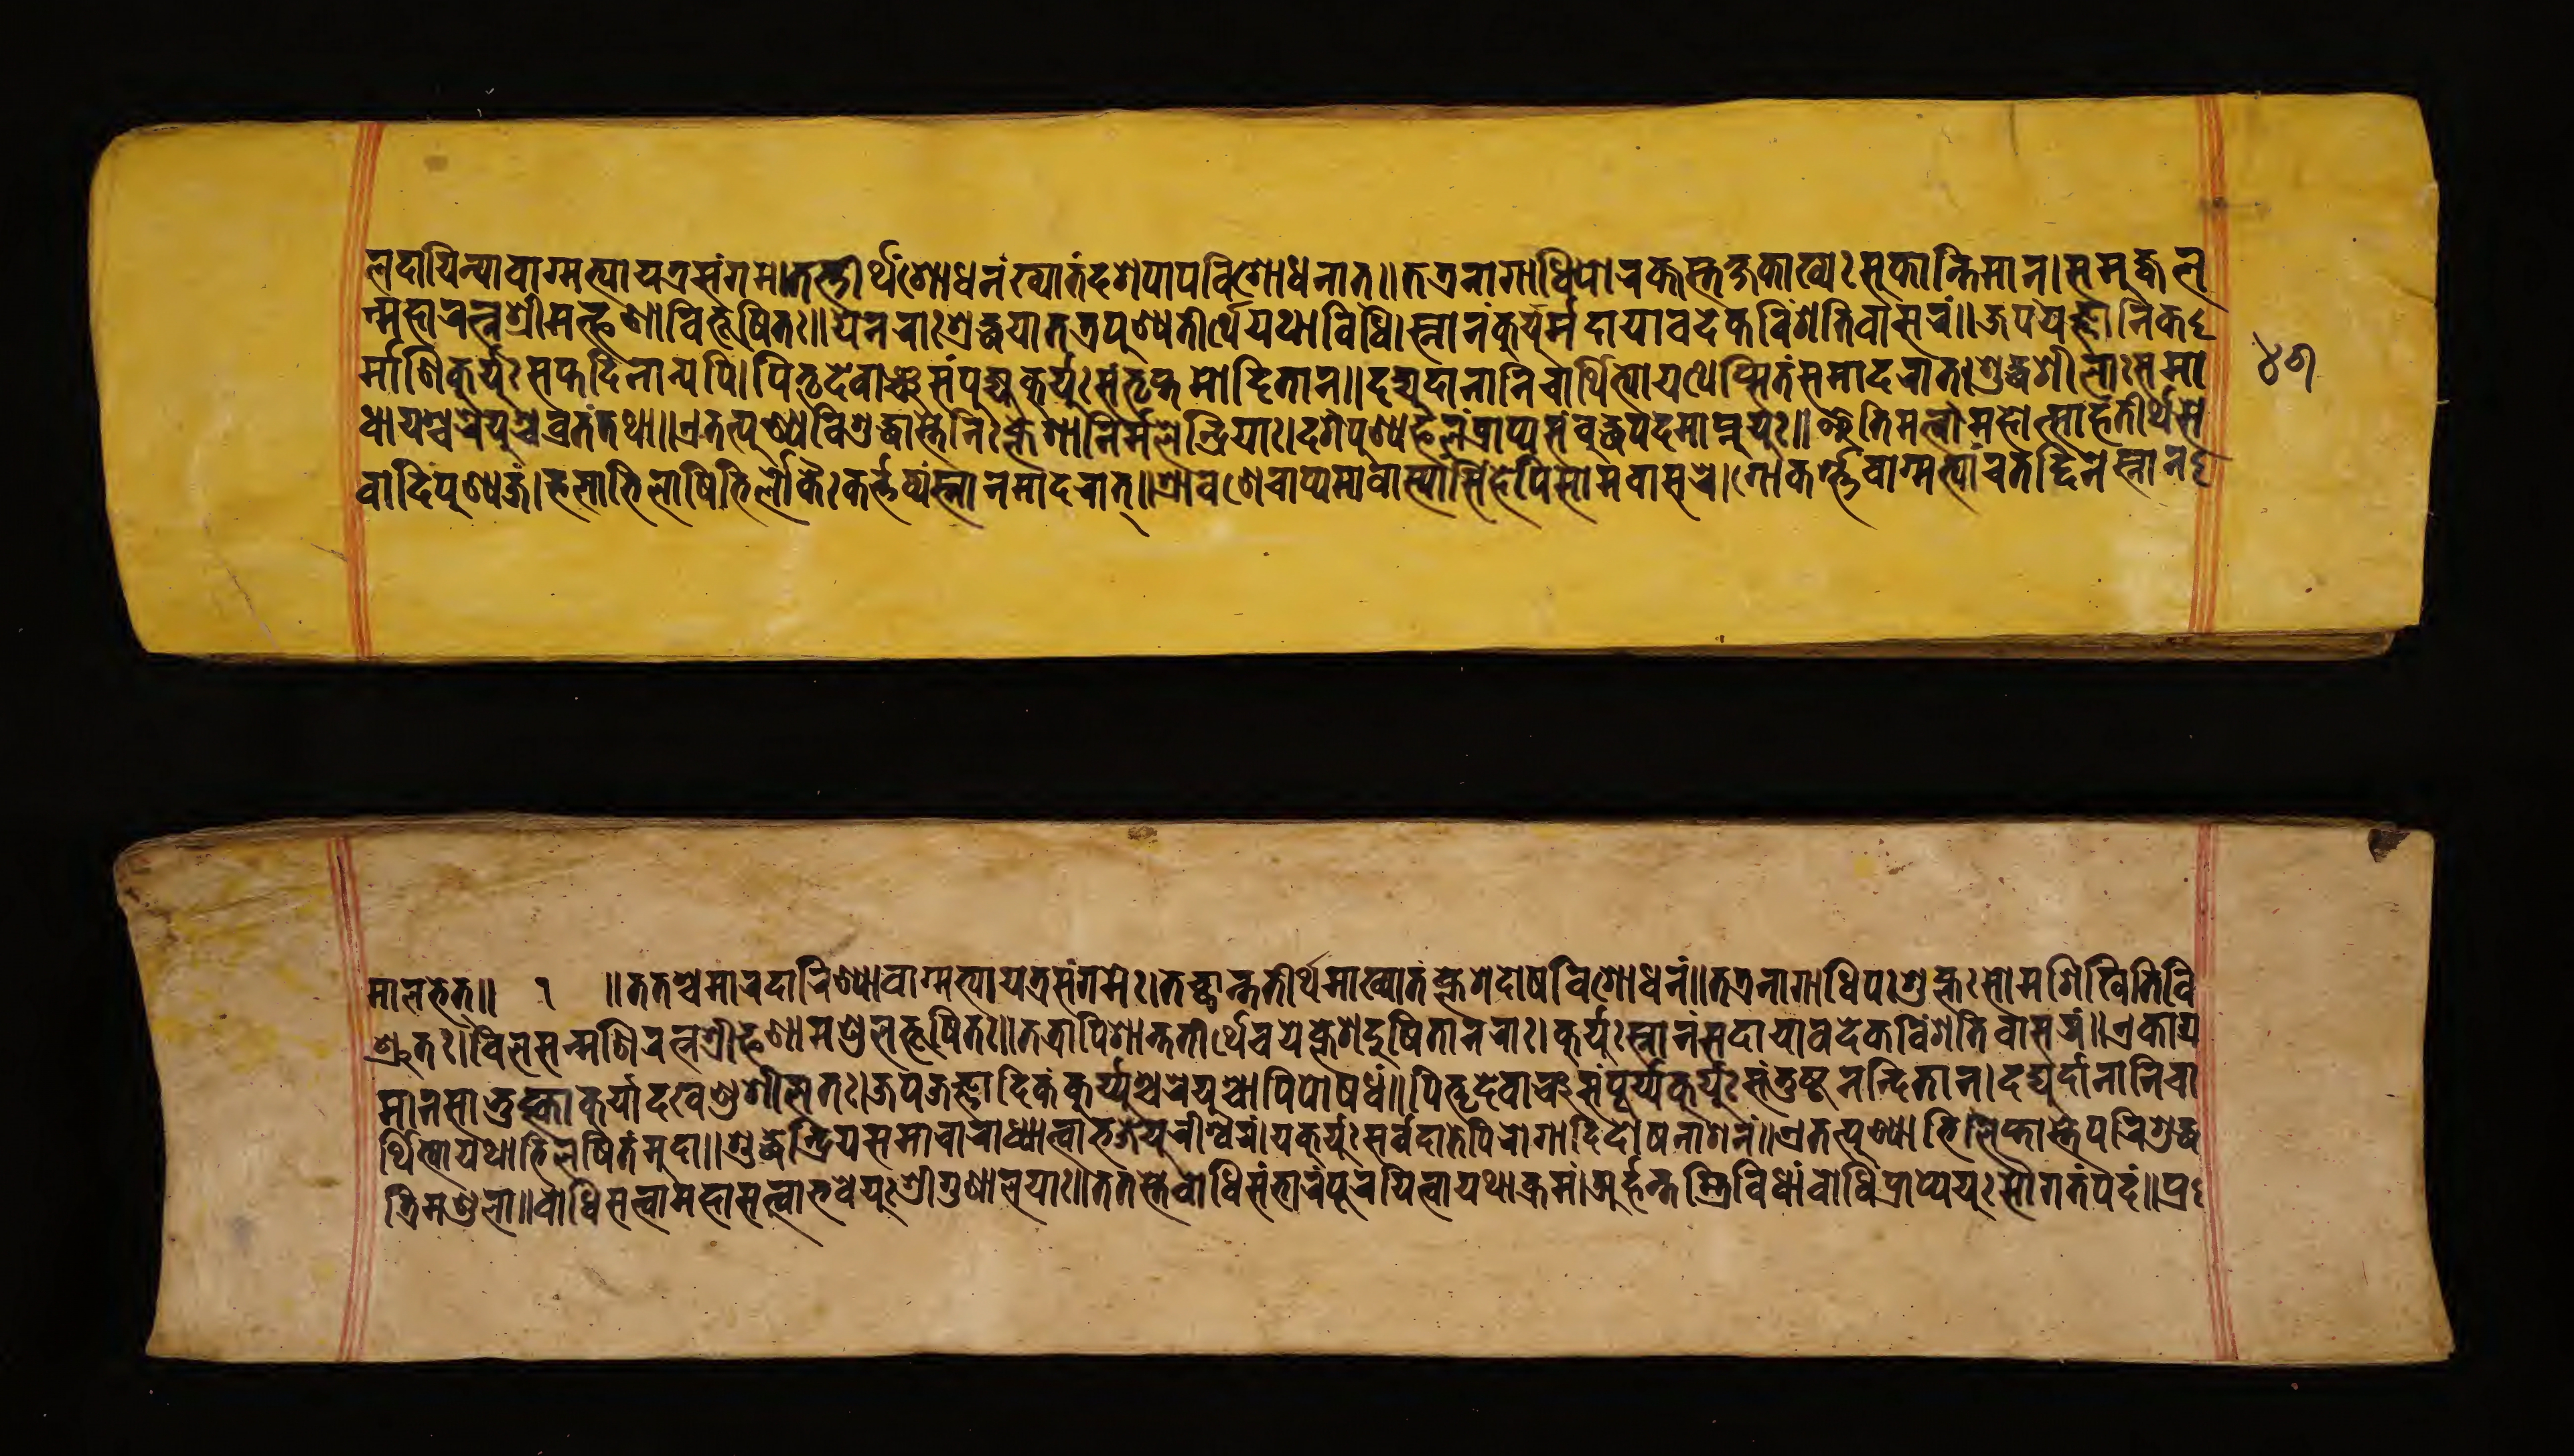
𑐮𑐡𑐵𑐫𑐶𑐣𑑂𑐫𑐵𑑄𑐰𑐵𑐐𑑂𑐩𑐟𑑂𑐫𑐵𑑄𑐫𑐟𑑂𑐬𑐳𑑄𑐐𑐩𑐾।𑐟𑐟𑑂𑐟𑐷𑐬𑑂𑐠𑐱𑑀𑐢𑐣𑑄𑐏𑑂𑐫𑐵𑐟𑑄𑐡𑐱𑐥𑐵𑐥𑐰𑐶𑐱𑑀𑐢𑐣𑐵𑐟𑑂॥𑐟𑐟𑑂𑐬𑐣𑐵𑐐𑐵𑐢𑐶𑐥𑐵𑐬𑐎𑑂𑐟𑐳𑑂𑐟𑐎𑑂𑐲𑐎𑐵𑐏𑑂𑐫𑑅𑐳𑐸𑐎𑐵𑐣𑑂𑐟𑐶𑐩𑐵𑐣𑑂।𑐳𑐩𑐸𑐖𑑂𑐰𑐮 𑐣𑑂𑐩𑐴𑐵𑐬𑐟𑑂𑐣𑑄𑐱𑑂𑐬𑐷𑐩𑐟𑑂𑐦𑐞𑐵𑐰𑐶𑐨𑐹𑐲𑐶𑐟𑑅॥𑐫𑐾𑐣𑐬𑐵𑐱𑑂𑐬𑐡𑑂𑐢𑐫𑐵𑐟𑐟𑑂𑐬𑐥𑐸𑐞𑑂𑐫𑐟𑐷𑐬𑑂𑐠𑐾𑐫𑐠𑐵𑐰𑐶𑐢𑐶𑑅॥𑐳𑑂𑐣𑐵𑐣𑑄𑐎𑐸𑐬𑑂𑐫𑐸𑐩𑐸𑐡𑐵𑐫𑐵𑐰𑐡𑐾𑐎𑐰𑐶𑑄𑐱𑐟𑐶𑐰𑐵𑐳𑐬𑑄॥𑐖𑐥𑐫𑐖𑑂𑐘𑐵𑐡𑐶𑐎 𑐬𑑂𑐩𑑂𑐩𑐵𑐞𑐶𑐎𑐸𑐬𑑂𑐫𑐸𑑅𑐳𑐥𑑂𑐟𑐡𑐶𑐣𑐵𑐣𑑂𑐫𑐥𑐶।𑐥𑐶𑐟𑐺𑐣𑑂𑐡𑐾𑐰𑐵𑐘𑑂𑐔𑐳𑑄𑐥𑐹𑐖𑑂𑐫𑐎𑐸𑐬𑑂𑐫𑐸𑑅𑐳𑑄𑐟𑐺𑐥𑑂𑐟𑐩𑑀𑐡𑐶𑐟𑐵𑐣𑑂॥𑐡𑐡𑑂𑐫𑐸𑐬𑑂𑐡𑐵𑐣𑐵𑐣𑐶𑐔𑐵𑐬𑑂𑐠𑐶𑐨𑑂𑐫𑑀𑐫𑐠𑐾𑐥𑑂𑐳𑐶𑐟𑑄𑐳𑐩𑐵𑐡𑐬𑐵𑐟𑑂।𑐱𑐸𑐡𑑂𑐢𑐱𑐷𑐮𑐵𑑅𑐳𑐩𑐵 𑐰𑐵𑐡𑐶𑐥𑐸𑐞𑑂𑐫𑐖𑑄।𑐴𑐮𑐵𑐨𑐶𑐮𑐵𑐲𑐶𑐟𑐶𑐬𑑂𑐮𑑀𑐎𑑁𑑅𑐎𑐬𑑂𑐨𑐰𑑂𑐫𑑄𑐳𑑂𑐣𑐵𑐣𑐩𑐵𑐡𑐬𑐵𑐟𑑂॥𑐱𑑂𑐬𑐵𑐰𑐞𑐾𑐔𑐵𑐥𑑂𑐫𑐩𑐵𑐰𑐵𑐳𑑂𑐫𑐵𑐳𑐶𑑄𑐴𑐥𑐶𑐳𑐵𑐩𑐰𑐵𑐳𑐬𑐾।𑐱𑑀𑐎𑐬𑑂𑐨𑐵𑐰𑐵𑐐𑑂𑐩𑐳𑑂𑐫𑐵𑐔𑐟𑐡𑑂𑐡𑐶𑐣𑐳𑑂𑐣𑐵𑐣 𑐩𑐵𑐮𑐨𑐾𑐟𑑂॥ 𑑑 ॥𑐟𑐟𑐱𑑂𑐔𑐩𑐵𑐬𑐡𑐵𑐫𑐶𑐞𑑂𑐫𑑀𑐰𑐵𑐐𑑂𑐩𑐟𑑂𑐫𑐵𑐫𑐟𑑂𑐬𑐳𑑄𑐐𑐩𑑅॥𑐟𑐔𑑂𑐕𑐵𑐣𑑂𑐟𑐟𑐷𑐬𑑂𑐠𑐩𑐵𑐏𑑂𑐫𑐵𑐟𑑄𑐎𑑂𑐮𑐾𑐱𑐡𑑀𑐲𑐰𑐶𑐱𑑀𑐢𑐣𑑄॥𑐟𑐟𑑂𑐬𑐣𑐵𑐐𑐵𑐢𑐶𑐥𑑅𑐱𑐸𑐎𑑂𑐮𑑅𑐳𑑀𑐩𑐱𑐶𑐏𑐷𑐟𑐶𑐰𑐶 𑐱𑑂𑐬𑐸𑐟𑑅।𑐰𑐶𑐮𑐳𑐣𑑂𑐩𑐞𑐶𑐬𑐟𑑂𑐣𑐱𑑂𑐬𑐷𑐦𑐞𑐵𑐩𑐞𑑂𑐜𑐮𑐨𑐹𑐲𑐶𑐟𑑅॥𑐟𑐟𑑂𑐬𑐵𑐥𑐶𑐱𑐵𑐣𑑂𑐟𑐟𑐷𑐬𑑂𑐠𑐔𑐫𑐾𑐎𑑂𑐮𑐾𑐱𑐡𑐸𑑅𑐲𑐶𑐟𑐵𑐣𑐬𑐵𑑅॥𑐎𑐸𑐬𑑂𑐫𑐸𑐳𑑂𑐣𑐵𑐣𑑄𑐳𑐡𑐵𑐫𑐵𑐰𑐡𑐾𑐎𑐰𑐶𑑄𑐱𑐟𑐶𑐰𑐵𑐳𑐬𑑄॥𑐊𑐎𑐐𑑂𑐬 𑐩𑐵𑐣𑐳𑐵𑐖𑐸𑐴𑑂𑐎𑐵𑐎𑐸𑐬𑑂𑐫𑐵𑐡𑐏𑐱𑐸𑐱𑐷𑐮𑐟𑑅।𑐖𑐥𑐫𑐖𑑂𑐘𑐵𑐡𑐶𑐎𑐎𑐸𑐬𑑂𑐫𑐸𑐱𑑂𑐔𑐬𑐾𑐫𑐸𑐱𑑂𑐔𑐵𑐢𑐶𑐥𑑀𑐲𑐢𑑄॥𑐥𑐶𑐟𑐺𑐣𑑂𑐡𑐾𑐰𑐵𑐘𑑂𑐔𑐳𑑄𑐥𑐹𑐖𑑂𑐫𑐎𑐸𑐬𑑂𑐫𑐸𑑅𑐳𑑄𑐟𑐸𑐲𑑂𑐚𑐣𑐣𑑂𑐡𑐶𑐟𑐵𑐣𑑂।𑐡𑐡𑑂𑐫𑐸𑐬𑑂𑐡𑐵𑐣𑐵𑑄𑐣𑐶𑐔𑐵 𑐬𑑂𑐠𑐶𑐨𑑂𑐫𑑀𑐫𑐠𑐵𑐨𑐶𑐮𑐲𑐶𑐟𑑄𑐩𑐸𑐡𑐵॥𑐱𑐸𑐡𑑂𑐢𑐱𑐷𑐮𑐵𑐳𑐩𑐵𑐔𑐵𑐬𑐵𑑅𑐢𑑂𑐫𑐵𑐟𑑂𑐰𑐵𑐨𑐖𑐾𑐫𑐸𑐬𑐷𑐱𑑂𑐰𑐬𑑄।𑐫𑐎𑐸𑐬𑑂𑐫𑐹𑑅𑐳𑐬𑑂𑐰𑐡𑐵𑐟𑐾𑐥𑐶𑐬𑑀𑐐𑐵𑐡𑐶𑐡𑑀𑐲𑐣𑐵𑐱𑐣𑑄॥𑐊𑐟𑐟𑑂𑐥𑐸𑐞𑑂𑐫𑐵𑐨𑐶𑐮𑐶𑐥𑑂𑐟𑐵𑐳𑑂𑐟𑐾𑐥𑐬𑐶𑐱𑐸𑐡𑑂𑐢 𑐢𑐵𑐫𑐿𑐱𑑂𑐔𑐬𑐾𑐫𑐸𑐱𑑂𑐔𑐰𑑂𑐬𑐟𑑄𑐟𑐠𑐵॥𑐊𑐟𑐟𑑂𑐥𑐸𑐞𑑂𑐫𑐰𑐶𑐱𑐸𑐡𑑂𑐢𑐵𑐳𑑂𑐟𑐾𑐣𑐶𑑅𑐎𑑂𑐮𑐾𑐱𑐵𑐣𑐶𑐬𑑂𑐩𑑂𑐩𑐮𑐾𑐣𑑂𑐡𑑂𑐬𑐶𑐫𑐵𑑅।𑐡𑐐𑐥𑐸𑐞𑑂𑐫𑐴𑐮𑑄𑐥𑑂𑐬𑐥𑑂𑐫𑐳𑑄𑐧𑐸𑐡𑑂𑐢𑐥𑐡𑐩𑐵𑐥𑑂𑐣𑐸𑐫𑐸𑑅॥𑐂𑐟𑐶𑐩𑐳𑐟𑑂𑐰𑐵𑐩𑐴𑐵𑐟𑑂𑐩𑐵𑐴𑐟𑐷𑐬𑑂𑐠𑐳𑐾 𑐟𑑂𑐬𑐶𑐩𑐞𑑂𑐜𑐮𑐵𑑅॥𑐧𑑀𑐢𑐶𑐳𑐟𑑂𑐟𑑂𑐰𑐵𑐩𑐴𑐵𑐳𑐟𑑂𑐟𑑂𑐰𑐵𑐨𑐰𑐾𑐫𑐸𑑅𑐱𑑂𑐬𑐷𑐐𑐸𑐞𑐵𑐮𑐫𑐵𑑅॥𑐟𑐟𑐳𑑂𑐟𑐾𑐧𑑀𑐢𑐶𑐳𑐩𑑂𑐨𑐵𑐬𑑄𑐥𑐹𑐬𑐫𑐶𑐟𑑂𑐰𑐵𑐫𑐠𑐵𑐎𑑂𑐬𑐩𑑄।𑐀𑐬𑑂𑐴𑐣𑑂𑐟𑐳𑑂𑐟𑑂𑐬𑐶𑐰𑐶𑐢𑐵𑐩𑑂𑐧𑑀𑐢𑐶𑐥𑑂𑐬𑐵𑐥𑑂𑐫𑐾𑐫𑐸𑑅𑐳𑑁𑐐𑐟𑑄𑐥𑐡𑑄॥𑐥𑑂𑐬 𑑔𑑖